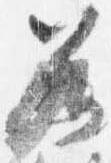
若